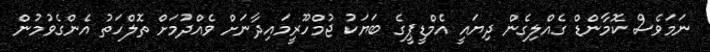
ނަމަވެސް ކޮމާންޑް ގެއްލިގެން ދިޔައީ އެމްޑީޕީގެ ބަޔަކު ޖުމްހޫރީމައިދާނަށް ވެއްދުމަށް ތޮލްހަތު އެންގެވުމުން